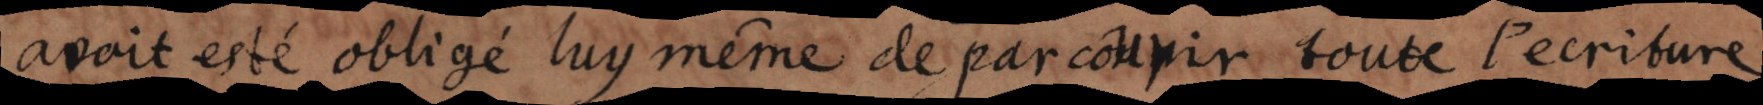
avoit esté oblige luy même de parcourir toute l’ecriture